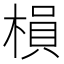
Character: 𣗼